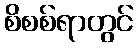
စိစစ်ရာတွင်